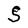
Character: S